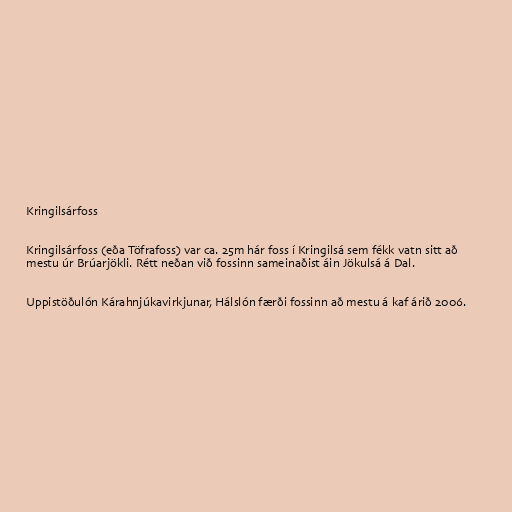
Kringilsárfoss

Kringilsárfoss (eða Töfrafoss) var ca. 25m hár foss í Kringilsá sem fékk vatn sitt að
mestu úr Brúarjökli. Rétt neðan við fossinn sameinaðist áin Jökulsá á Dal.

Uppistöðulón Kárahnjúkavirkjunar, Hálslón færði fossinn að mestu á kaf árið 2006.